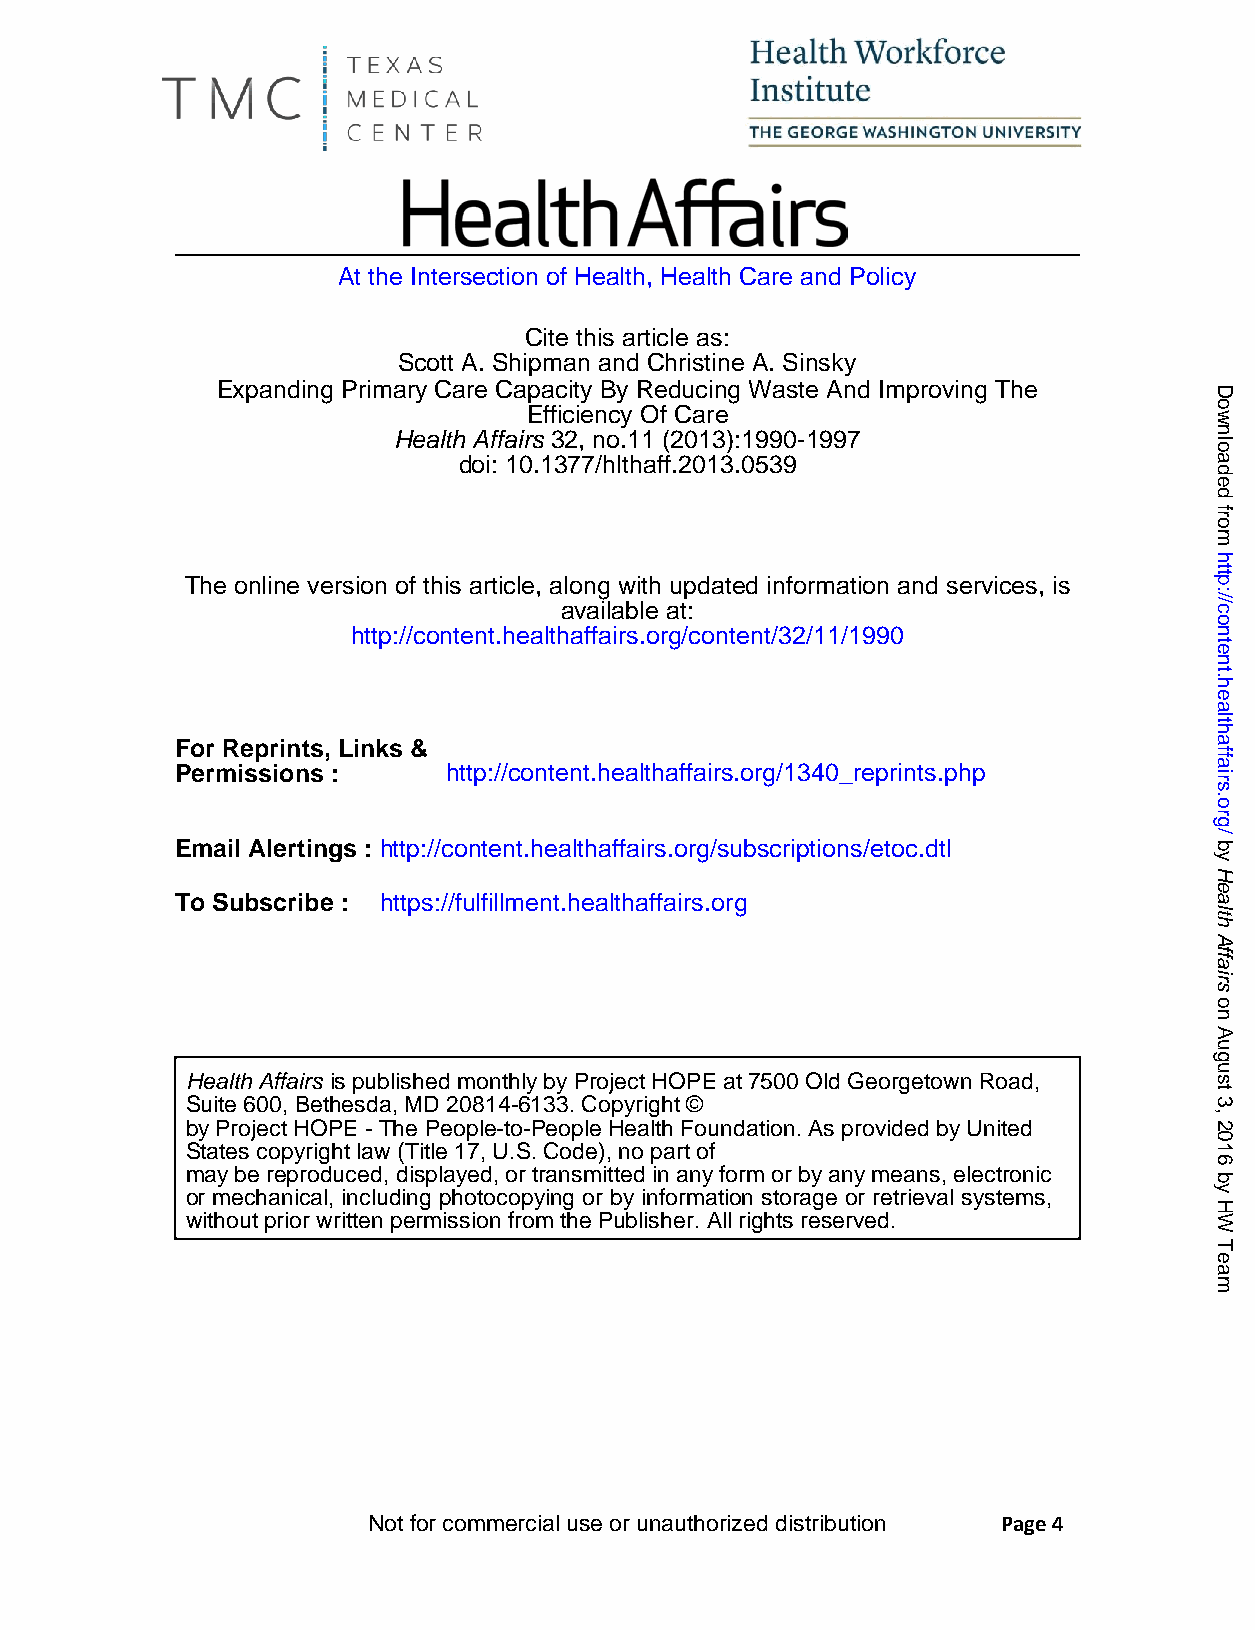
At the Intersection of Health, Health Care and Policy
 Cite this article as:
 Scott A. Shipman and Christine A. Sinsky
 Expanding Primary Care Capacity By Reducing Waste And Improving The
 Efficiency Of Care
 Health Affairs 32, no.11 (2013):1990-1997
 doi: 10.1377/hlthaff.2013.0539
 The online version of this article, along with updated information and services, is
 available at:
 http://content.healthaffairs.org/content/32/11/1990
 For Reprints, Links &
 Permissions :     http://content.healthaffairs.org/1340_reprints.php
 Email Alertings : http://content.healthaffairs.org/subscriptions/etoc.dtl
 To Subscribe : https://fulfillment.healthaffairs.org
 Health Affairs is published monthly by Project HOPE at 7500 Old Georgetown Road,
 Suite 600, Bethesda, MD 20814-6133. Copyright ©
 by Project HOPE - The People-to-People Health Foundation. As provided by United
 States copyright law (Title 17, U.S. Code), no part of
 may be reproduced, displayed, or transmitted in any form or by any means, electronic
 or mechanical, including photocopying or by information storage or retrieval systems,
 without prior written permission from the Publisher. All rights reserved.
 Not for commercial use or unauthorized distribution Page 4
 Downloaded
 from
 http://content.healthaffairs.org/
 by
 Health
 Affairs
 on
 August
 3,
 2016
 by
 HW
 Team